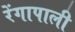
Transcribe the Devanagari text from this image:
रेंगापाली